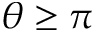
\theta \geq \pi